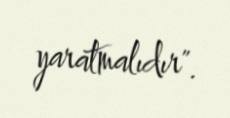
yaratmalıdır".